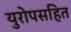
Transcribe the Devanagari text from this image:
युरोपसहित